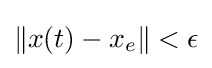
\|x(t)-x_{e}\|<\epsilon